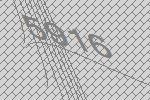
5916